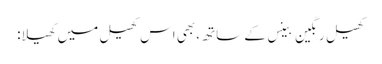
کھیل رنگین بینس کے ساتھ، بھی اس کھیل میں کھیلا: